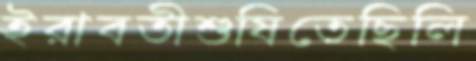
ইরাবতীশুষিতেছিলি